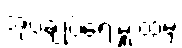
အုပ်ချုပ်ရေးမှူးထံမှ